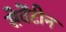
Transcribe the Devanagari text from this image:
सेवेंटीन